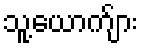
သူ့ယောက်ျား